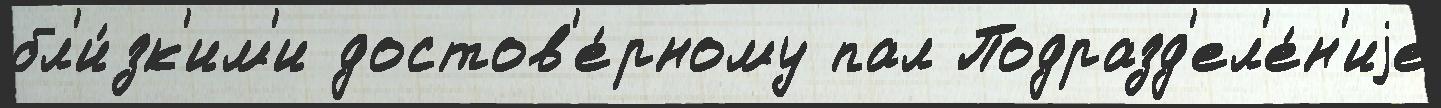
бл'и́зк'им'и достов'е́рному пал Подразд'ел'е́н'иjе